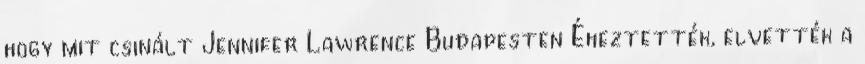
hogy mit csinált Jennifer Lawrence Budapesten Éheztették, elvették a